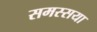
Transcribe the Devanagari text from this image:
समस्सया